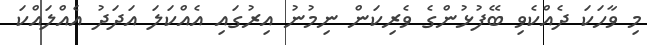
މި ވާހަކަ ދެއްކެވި ބޭފުޅުންގެ ވެރިކަން ނިމުނު އިރުގައި އެއްކަލަ އަދަދު އެއްލައްކަ